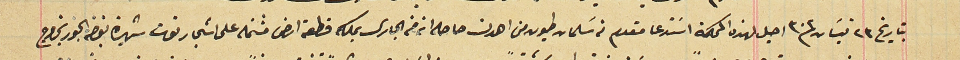
بتاريخ ٢٤ نيسَان /٣٠٣ احيل لهذه المحكمة اسَتدعا مقدم من سَلمان طيون من اهدن حاصله انه من الجارى بملكه قطعة ارض مشتمله على اشجار توت شهيرة بغضه الجور بخراج